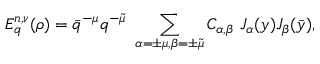
E _ { q } ^ { n , \nu } ( \rho ) = \bar { q } ^ { - \mu } q ^ { - \tilde { \mu } } \ \sum _ { \alpha = \pm \mu , \beta = \pm \tilde { \mu } } C _ { \alpha , \beta } \ J _ { \alpha } ( y ) J _ { \beta } ( \bar { y } ) ,